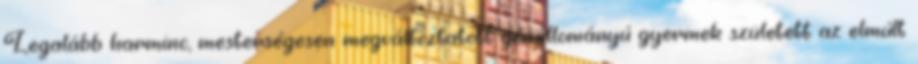
Legalább harminc, mesterségesen megváltoztatott génállományú gyermek született az elmúlt